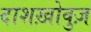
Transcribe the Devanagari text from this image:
दाशख़ोवुज़